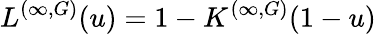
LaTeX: L^{(\infty,G)}(u)=1-K^{(\infty,G)}(1-u)